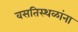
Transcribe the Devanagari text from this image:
वसतिस्थळांना